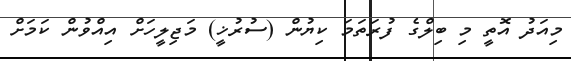
މިއަދު އޮތީ މި ބިލްގެ ފުރަތަމަ ކިޔުން (ސުރުޚީ) މަޖިލީހަށް އިއްވުން ކަމަށް